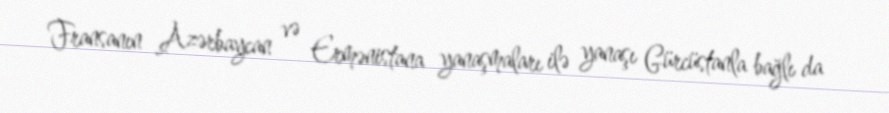
Fransanın Azərbaycan və Ermənistana yanaşmaları ilə yanaşı Gürcüstanla bağlı da